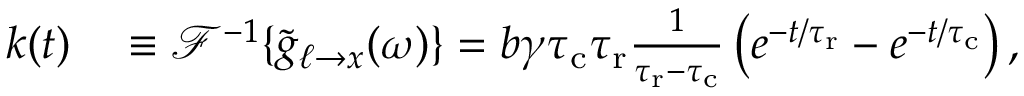
\begin{array} { r l } { k ( t ) } & { { } \equiv \mathcal { F } ^ { - 1 } \{ \tilde { g } _ { \ell \to x } ( \omega ) \} = b \gamma { \tau _ { \mathrm { c } } } { \tau _ { \mathrm { r } } } \frac { 1 } { { \tau _ { \mathrm { r } } } - { \tau _ { \mathrm { c } } } } \left( e ^ { - t / { \tau _ { \mathrm { r } } } } - e ^ { - t / { \tau _ { \mathrm { c } } } } \right) , } \end{array}